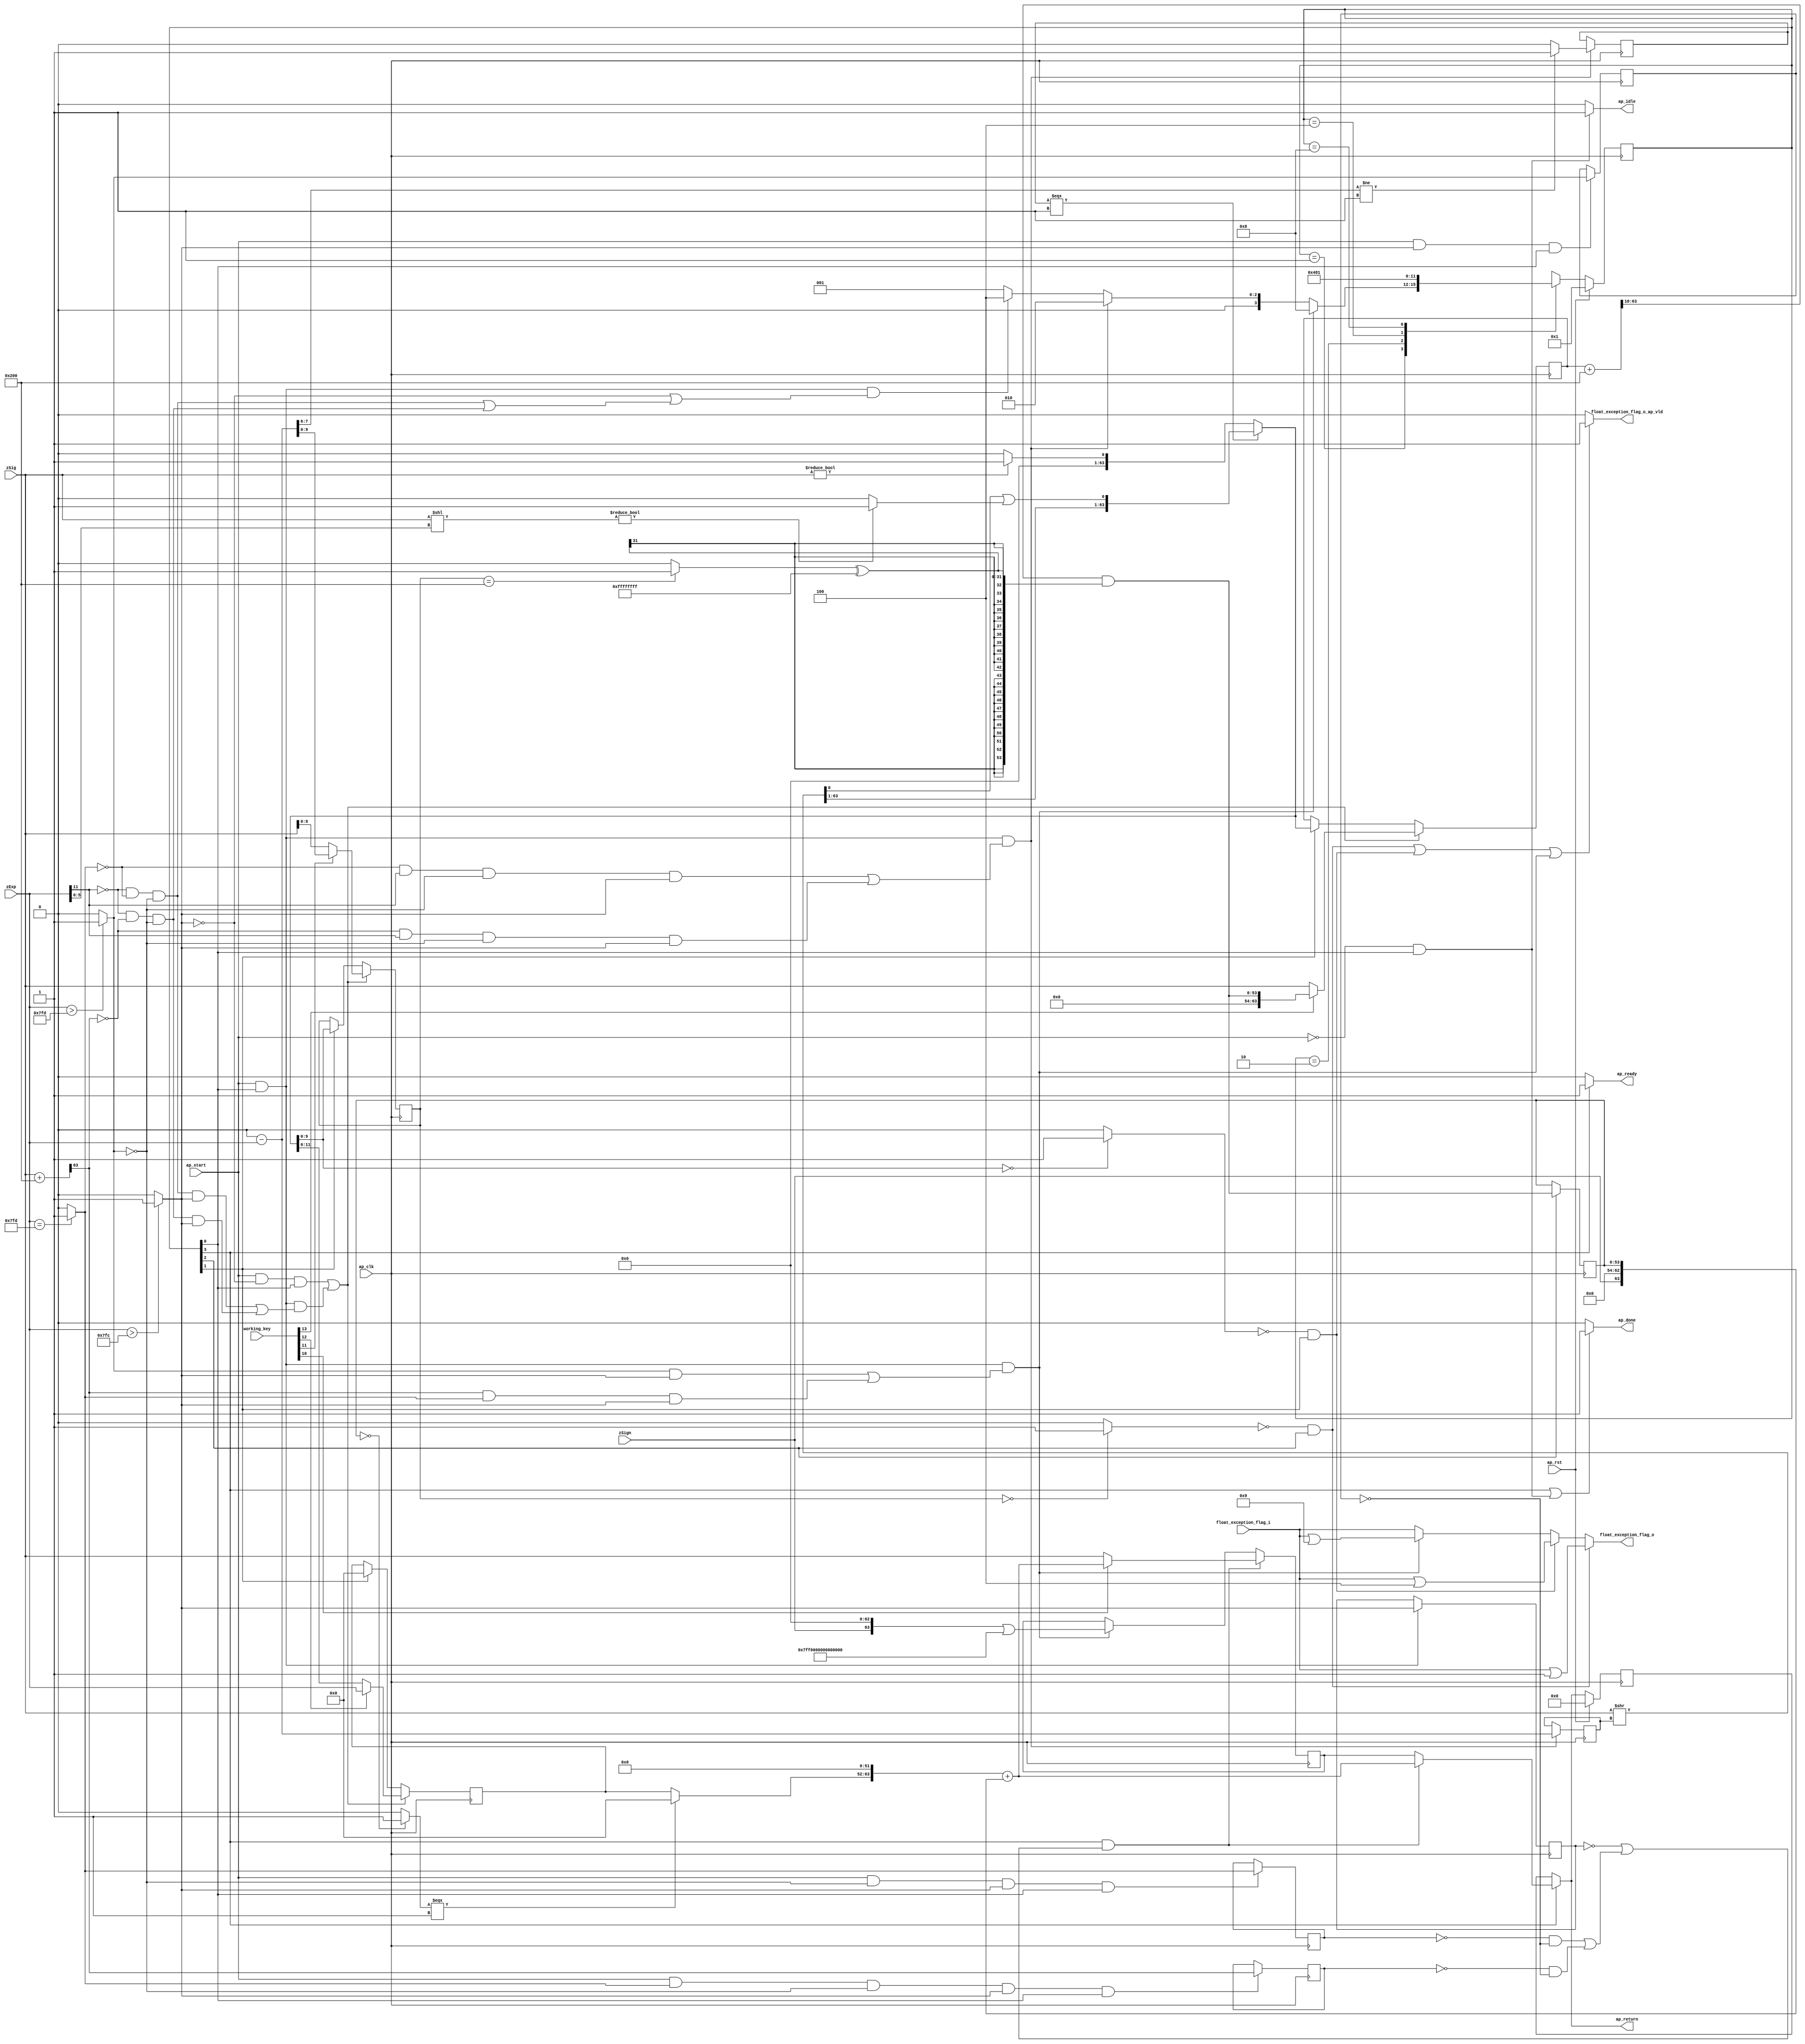

module roundAndPackFloat64
(
  ap_clk,
  ap_rst,
  ap_start,
  ap_done,
  ap_idle,
  ap_ready,
  zSign,
  zExp,
  zSig,
  float_exception_flag_i,
  float_exception_flag_o,
  float_exception_flag_o_ap_vld,
  ap_return,
  working_key
);

  parameter ap_ST_fsm_state1 = 4'd1;
  parameter ap_ST_fsm_state2 = 4'd2;
  parameter ap_ST_fsm_state3 = 4'd4;
  parameter ap_ST_fsm_state4 = 4'd8;
  input ap_clk;
  input ap_rst;
  input ap_start;
  output ap_done;
  output ap_idle;
  output ap_ready;
  input [0:0] zSign;
  input [11:0] zExp;
  input [63:0] zSig;
  input [31:0] float_exception_flag_i;
  output [31:0] float_exception_flag_o;
  output float_exception_flag_o_ap_vld;
  output [63:0] ap_return;
  reg ap_done;
  reg ap_idle;
  reg ap_ready;
  reg [31:0] float_exception_flag_o;
  reg float_exception_flag_o_ap_vld;
  reg [63:0] ap_return;
  reg [3:0] ap_CS_fsm;
  wire ap_CS_fsm_state1;
  wire [9:0] roundBits_fu_143_p1;
  wire [0:0] tmp_s_fu_147_p2;
  reg [0:0] tmp_s_reg_450;
  wire [0:0] tmp_24_fu_153_p2;
  reg [0:0] tmp_24_reg_454;
  wire [0:0] tmp_25_fu_159_p2;
  reg [0:0] tmp_25_reg_458;
  wire [0:0] tmp_56_fu_171_p3;
  reg [0:0] tmp_56_reg_462;
  wire [11:0] count_assign_fu_187_p2;
  reg [11:0] count_assign_reg_469;
  wire [0:0] tmp_57_fu_179_p3;
  wire [0:0] icmp_fu_203_p2;
  reg [0:0] icmp_reg_474;
  wire [63:0] tmp_74_i9_fu_229_p2;
  wire [63:0] z_6_fu_298_p3;
  wire ap_CS_fsm_state2;
  wire [9:0] roundBits_2_fu_305_p1;
  wire [53:0] zSig_assign_2_fu_381_p2;
  reg [53:0] zSig_assign_2_reg_500;
  wire ap_CS_fsm_state3;
  reg [63:0] zSig_assign1_reg_94;
  reg [11:0] zExp_assign_1_reg_105;
  reg [9:0] roundBits_1_reg_119;
  reg [63:0] ap_phi_mux_p_0_phi_fu_133_p4;
  reg [63:0] p_0_reg_130;
  wire [63:0] tmp_74_i8_fu_416_p2;
  wire ap_CS_fsm_state4;
  wire [0:0] tmp_29_fu_309_p2;
  wire [0:0] tmp_30_fu_327_p2;
  wire [31:0] float_exception_flag_9_fu_209_p2;
  wire [31:0] float_exception_flag_1_fu_315_p2;
  wire [31:0] tmp_31_fu_333_p2;
  wire [63:0] tmp_26_fu_165_p2;
  wire [1:0] tmp_58_fu_193_p4;
  wire [63:0] tmp_i_fu_221_p3;
  wire [63:0] tmp_37_i_fu_235_p1;
  wire [5:0] tmp_59_fu_243_p1;
  wire [63:0] tmp_41_i_fu_246_p1;
  wire [63:0] tmp_42_i_fu_250_p2;
  wire [63:0] tmp_38_i_fu_238_p2;
  wire [0:0] tmp_60_fu_261_p1;
  wire [0:0] tmp_43_i_fu_255_p2;
  wire [62:0] tmp_3_i_fu_271_p4;
  wire [0:0] tmp_2_i_fu_265_p2;
  wire [0:0] tmp_44_i_fu_289_p2;
  wire [63:0] z_fu_281_p3;
  wire [63:0] z_2_fu_294_p1;
  wire [63:0] tmp_32_fu_345_p2;
  wire [0:0] tmp_33_fu_361_p2;
  wire [31:0] tmp_34_fu_367_p1;
  wire [31:0] tmp_35_fu_371_p2;
  wire [53:0] zSig_assign_1_cast_fu_351_p4;
  wire signed [53:0] tmp_53_cast_fu_377_p1;
  wire [0:0] tmp_36_fu_387_p2;
  wire [11:0] tmp_fu_392_p3;
  wire [63:0] tmp_72_i_fu_400_p3;
  wire [63:0] tmp_73_i_fu_408_p4;
  reg [63:0] ap_return_preg;
  reg [3:0] ap_NS_fsm;
  input [255:0] working_key;

  initial begin
    #0 ap_CS_fsm = 4'd1;
    #0 ap_return_preg = 64'd0;
  end


  always @(posedge ap_clk) begin
    if(ap_rst == 1'b1) begin
      ap_CS_fsm <= ap_ST_fsm_state1;
    end else begin
      ap_CS_fsm <= ap_NS_fsm;
    end
  end


  always @(posedge ap_clk) begin
    if(ap_rst == 1'b1) begin
      ap_return_preg <= 64'd0;
    end else begin
      if(1'b1 == ap_CS_fsm_state4) begin
        ap_return_preg <= ap_phi_mux_p_0_phi_fu_133_p4;
      end 
    end
  end


  always @(posedge ap_clk) begin
    if((1'b1 == ap_CS_fsm_state4) & ((tmp_s_reg_450 == 1'd0) | ((tmp_25_reg_458 == 1'd0) & (tmp_24_reg_454 == 1'd0) | (tmp_56_reg_462 == 1'd0) & (tmp_24_reg_454 == 1'd0)))) begin
      if(working_key[10] == 1'b1) begin
        p_0_reg_130 <= tmp_74_i8_fu_416_p2;
      end else begin
        p_0_reg_130 <= zSig;
      end
    end else if((ap_start == 1'b1) & (1'b1 == ap_CS_fsm_state1) & ((tmp_24_fu_153_p2 == 1'd1) & (tmp_s_fu_147_p2 == 1'd1) | (tmp_56_fu_171_p3 == 1'd1) & (tmp_25_fu_159_p2 == 1'd1) & (tmp_s_fu_147_p2 == 1'd1))) begin
      p_0_reg_130 <= tmp_74_i9_fu_229_p2;
    end 
  end


  always @(posedge ap_clk) begin
    if((ap_start == 1'b1) & (tmp_s_fu_147_p2 == 1'd0) & (1'b1 == ap_CS_fsm_state1) | (ap_start == 1'b1) & (1'b1 == ap_CS_fsm_state1) & ((tmp_57_fu_179_p3 == 1'd0) & (tmp_25_fu_159_p2 == 1'd0) & (tmp_24_fu_153_p2 == 1'd0) & (tmp_s_fu_147_p2 == 1'd1) | (tmp_57_fu_179_p3 == 1'd0) & (tmp_56_fu_171_p3 == 1'd0) & (tmp_24_fu_153_p2 == 1'd0) & (tmp_s_fu_147_p2 == 1'd1))) begin
      if(working_key[11] == 1'b1) begin
        roundBits_1_reg_119 <= count_assign_fu_187_p2;
      end else begin
        roundBits_1_reg_119 <= roundBits_fu_143_p1;
      end
    end else if(1'b1 == ap_CS_fsm_state2) begin
      roundBits_1_reg_119 <= roundBits_2_fu_305_p1;
    end 
  end


  always @(posedge ap_clk) begin
    if((ap_start == 1'b1) & (tmp_s_fu_147_p2 == 1'd0) & (1'b1 == ap_CS_fsm_state1) | (ap_start == 1'b1) & (1'b1 == ap_CS_fsm_state1) & ((tmp_57_fu_179_p3 == 1'd0) & (tmp_25_fu_159_p2 == 1'd0) & (tmp_24_fu_153_p2 == 1'd0) & (tmp_s_fu_147_p2 == 1'd1) | (tmp_57_fu_179_p3 == 1'd0) & (tmp_56_fu_171_p3 == 1'd0) & (tmp_24_fu_153_p2 == 1'd0) & (tmp_s_fu_147_p2 == 1'd1))) begin
      if(working_key[12] == 1'b1) begin
        zExp_assign_1_reg_105 <= zExp;
      end else begin
        zExp_assign_1_reg_105 <= z_6_fu_298_p3;
      end
    end else if(1'b1 == ap_CS_fsm_state2) begin
      zExp_assign_1_reg_105 <= 12'd0;
    end 
  end


  always @(posedge ap_clk) begin
    if((ap_start == 1'b1) & (tmp_s_fu_147_p2 == 1'd0) & (1'b1 == ap_CS_fsm_state1) | (ap_start == 1'b1) & (1'b1 == ap_CS_fsm_state1) & ((tmp_57_fu_179_p3 == 1'd0) & (tmp_25_fu_159_p2 == 1'd0) & (tmp_24_fu_153_p2 == 1'd0) & (tmp_s_fu_147_p2 == 1'd1) | (tmp_57_fu_179_p3 == 1'd0) & (tmp_56_fu_171_p3 == 1'd0) & (tmp_24_fu_153_p2 == 1'd0) & (tmp_s_fu_147_p2 == 1'd1))) begin
      if(working_key[13] == 1'b1) begin
        zSig_assign1_reg_94 <= zSig_assign_2_fu_381_p2;
      end else begin
        zSig_assign1_reg_94 <= zSig;
      end
    end else if(1'b1 == ap_CS_fsm_state2) begin
      zSig_assign1_reg_94 <= z_6_fu_298_p3;
    end 
  end


  always @(posedge ap_clk) begin
    if((ap_start == 1'b1) & (1'b1 == ap_CS_fsm_state1) & ((tmp_25_fu_159_p2 == 1'd0) & (tmp_57_fu_179_p3 == 1'd1) & (tmp_24_fu_153_p2 == 1'd0) & (tmp_s_fu_147_p2 == 1'd1) | (tmp_56_fu_171_p3 == 1'd0) & (tmp_57_fu_179_p3 == 1'd1) & (tmp_24_fu_153_p2 == 1'd0) & (tmp_s_fu_147_p2 == 1'd1))) begin
      count_assign_reg_469 <= count_assign_fu_187_p2;
      icmp_reg_474 <= icmp_fu_203_p2;
    end 
  end


  always @(posedge ap_clk) begin
    if((ap_start == 1'b1) & (tmp_s_fu_147_p2 == 1'd1) & (1'b1 == ap_CS_fsm_state1)) begin
      tmp_24_reg_454 <= tmp_24_fu_153_p2;
    end 
  end


  always @(posedge ap_clk) begin
    if((ap_start == 1'b1) & (tmp_24_fu_153_p2 == 1'd0) & (tmp_s_fu_147_p2 == 1'd1) & (1'b1 == ap_CS_fsm_state1)) begin
      tmp_25_reg_458 <= tmp_25_fu_159_p2;
    end 
  end


  always @(posedge ap_clk) begin
    if((ap_start == 1'b1) & (tmp_25_fu_159_p2 == 1'd1) & (tmp_24_fu_153_p2 == 1'd0) & (tmp_s_fu_147_p2 == 1'd1) & (1'b1 == ap_CS_fsm_state1)) begin
      tmp_56_reg_462 <= tmp_26_fu_165_p2[32'd63];
    end 
  end


  always @(posedge ap_clk) begin
    if((ap_start == 1'b1) & (1'b1 == ap_CS_fsm_state1)) begin
      tmp_s_reg_450 <= tmp_s_fu_147_p2;
    end 
  end


  always @(posedge ap_clk) begin
    if(1'b1 == ap_CS_fsm_state3) begin
      zSig_assign_2_reg_500 <= zSig_assign_2_fu_381_p2;
    end 
  end


  always @(*) begin
    if((1'b1 == ap_CS_fsm_state4) | (ap_start == 1'b0) & (1'b1 == ap_CS_fsm_state1)) begin
      ap_done = 1'b1;
    end else begin
      ap_done = 1'b0;
    end
  end


  always @(*) begin
    if((ap_start == 1'b0) & (1'b1 == ap_CS_fsm_state1)) begin
      ap_idle = 1'b1;
    end else begin
      ap_idle = 1'b0;
    end
  end


  always @(*) begin
    if((1'b1 == ap_CS_fsm_state4) & ((tmp_s_reg_450 == 1'd0) | ((tmp_25_reg_458 == 1'd0) & (tmp_24_reg_454 == 1'd0) | (tmp_56_reg_462 == 1'd0) & (tmp_24_reg_454 == 1'd0)))) begin
      ap_phi_mux_p_0_phi_fu_133_p4 = tmp_74_i8_fu_416_p2;
    end else begin
      ap_phi_mux_p_0_phi_fu_133_p4 = p_0_reg_130;
    end
  end


  always @(*) begin
    if(1'b1 == ap_CS_fsm_state4) begin
      ap_ready = 1'b1;
    end else begin
      ap_ready = 1'b0;
    end
  end


  always @(*) begin
    if(1'b1 == ap_CS_fsm_state4) begin
      ap_return = ap_phi_mux_p_0_phi_fu_133_p4;
    end else begin
      ap_return = ap_return_preg;
    end
  end


  always @(*) begin
    if((tmp_30_fu_327_p2 == 1'd0) & (1'b1 == ap_CS_fsm_state3)) begin
      float_exception_flag_o = tmp_31_fu_333_p2;
    end else if((tmp_29_fu_309_p2 == 1'd0) & (1'b1 == ap_CS_fsm_state2)) begin
      float_exception_flag_o = float_exception_flag_1_fu_315_p2;
    end else if((ap_start == 1'b1) & (1'b1 == ap_CS_fsm_state1) & ((tmp_24_fu_153_p2 == 1'd1) & (tmp_s_fu_147_p2 == 1'd1) | (tmp_56_fu_171_p3 == 1'd1) & (tmp_25_fu_159_p2 == 1'd1) & (tmp_s_fu_147_p2 == 1'd1))) begin
      float_exception_flag_o = float_exception_flag_9_fu_209_p2;
    end else begin
      float_exception_flag_o = float_exception_flag_i;
    end
  end


  always @(*) begin
    if((tmp_30_fu_327_p2 == 1'd0) & (1'b1 == ap_CS_fsm_state3) | (tmp_29_fu_309_p2 == 1'd0) & (1'b1 == ap_CS_fsm_state2) | (ap_start == 1'b1) & (1'b1 == ap_CS_fsm_state1) & ((tmp_24_fu_153_p2 == 1'd1) & (tmp_s_fu_147_p2 == 1'd1) | (tmp_56_fu_171_p3 == 1'd1) & (tmp_25_fu_159_p2 == 1'd1) & (tmp_s_fu_147_p2 == 1'd1))) begin
      float_exception_flag_o_ap_vld = 1'b1;
    end else begin
      float_exception_flag_o_ap_vld = 1'b0;
    end
  end


  always @(*) begin
    case(ap_CS_fsm)
      ap_ST_fsm_state1: begin
        if((ap_start == 1'b1) & (1'b1 == ap_CS_fsm_state1) & ((tmp_24_fu_153_p2 == 1'd1) & (tmp_s_fu_147_p2 == 1'd1) | (tmp_56_fu_171_p3 == 1'd1) & (tmp_25_fu_159_p2 == 1'd1) & (tmp_s_fu_147_p2 == 1'd1))) begin
          ap_NS_fsm = ap_ST_fsm_state4;
        end else if((ap_start == 1'b1) & (1'b1 == ap_CS_fsm_state1) & ((tmp_25_fu_159_p2 == 1'd0) & (tmp_57_fu_179_p3 == 1'd1) & (tmp_24_fu_153_p2 == 1'd0) & (tmp_s_fu_147_p2 == 1'd1) | (tmp_56_fu_171_p3 == 1'd0) & (tmp_57_fu_179_p3 == 1'd1) & (tmp_24_fu_153_p2 == 1'd0) & (tmp_s_fu_147_p2 == 1'd1))) begin
          ap_NS_fsm = ap_ST_fsm_state2;
        end else if((ap_start == 1'b1) & (1'b1 == ap_CS_fsm_state1) & ((tmp_s_fu_147_p2 == 1'd0) | ((tmp_57_fu_179_p3 == 1'd0) & (tmp_25_fu_159_p2 == 1'd0) & (tmp_24_fu_153_p2 == 1'd0) | (tmp_57_fu_179_p3 == 1'd0) & (tmp_56_fu_171_p3 == 1'd0) & (tmp_24_fu_153_p2 == 1'd0)))) begin
          ap_NS_fsm = ap_ST_fsm_state3;
        end else begin
          ap_NS_fsm = ap_ST_fsm_state1;
        end
      end
      ap_ST_fsm_state2: begin
        ap_NS_fsm = ap_ST_fsm_state3;
      end
      ap_ST_fsm_state3: begin
        ap_NS_fsm = ap_ST_fsm_state4;
      end
      ap_ST_fsm_state4: begin
        ap_NS_fsm = ap_ST_fsm_state1;
      end
      default: begin
        ap_NS_fsm = 'bx;
      end
    endcase
  end

  assign ap_CS_fsm_state1 = ap_CS_fsm[32'd0];
  assign ap_CS_fsm_state2 = ap_CS_fsm[32'd1];
  assign ap_CS_fsm_state3 = ap_CS_fsm[32'd2];
  assign ap_CS_fsm_state4 = ap_CS_fsm[32'd3];
  assign count_assign_fu_187_p2 = 12'd0 - zExp;
  assign float_exception_flag_1_fu_315_p2 = float_exception_flag_i | 32'd4;
  assign float_exception_flag_9_fu_209_p2 = float_exception_flag_i | 32'd9;
  assign icmp_fu_203_p2 = (tmp_58_fu_193_p4 != 2'd1)? 1'b1 : 1'b0;
  assign roundBits_2_fu_305_p1 = z_6_fu_298_p3[9:0];
  assign roundBits_fu_143_p1 = zSig[9:0];
  assign tmp_24_fu_153_p2 = ($signed(zExp) > $signed(12'd2045))? 1'b1 : 1'b0;
  assign tmp_25_fu_159_p2 = (zExp == 12'd2045)? 1'b1 : 1'b0;
  assign tmp_26_fu_165_p2 = zSig + 64'd512;
  assign tmp_29_fu_309_p2 = (roundBits_2_fu_305_p1 == 10'd0)? 1'b1 : 1'b0;
  assign tmp_2_i_fu_265_p2 = tmp_60_fu_261_p1 | tmp_43_i_fu_255_p2;
  assign tmp_30_fu_327_p2 = (roundBits_1_reg_119 == 10'd0)? 1'b1 : 1'b0;
  assign tmp_31_fu_333_p2 = float_exception_flag_i | 32'd1;
  assign tmp_32_fu_345_p2 = zSig_assign1_reg_94 + 64'd512;
  assign tmp_33_fu_361_p2 = (roundBits_1_reg_119 == 10'd512)? 1'b1 : 1'b0;
  assign tmp_34_fu_367_p1 = tmp_33_fu_361_p2;
  assign tmp_35_fu_371_p2 = tmp_34_fu_367_p1 ^ 32'd4294967295;
  assign tmp_36_fu_387_p2 = (zSig_assign_2_reg_500 == 54'd0)? 1'b1 : 1'b0;
  assign tmp_37_i_fu_235_p1 = count_assign_reg_469;
  assign tmp_38_i_fu_238_p2 = zSig >> tmp_37_i_fu_235_p1;
  assign tmp_3_i_fu_271_p4 = { { tmp_38_i_fu_238_p2[63:1] } };
  assign tmp_41_i_fu_246_p1 = tmp_59_fu_243_p1;
  assign tmp_42_i_fu_250_p2 = zSig << tmp_41_i_fu_246_p1;
  assign tmp_43_i_fu_255_p2 = (tmp_42_i_fu_250_p2 != 64'd0)? 1'b1 : 1'b0;
  assign tmp_44_i_fu_289_p2 = (zSig != 64'd0)? 1'b1 : 1'b0;
  assign tmp_53_cast_fu_377_p1 = $signed(tmp_35_fu_371_p2);
  assign tmp_56_fu_171_p3 = tmp_26_fu_165_p2[32'd63];
  assign tmp_57_fu_179_p3 = zExp[32'd11];
  assign tmp_58_fu_193_p4 = { { count_assign_fu_187_p2[7:6] } };
  assign tmp_59_fu_243_p1 = zExp[5:0];
  assign tmp_60_fu_261_p1 = tmp_38_i_fu_238_p2[0:0];
  assign tmp_72_i_fu_400_p3 = { { tmp_fu_392_p3 }, { 52'd0 } };
  assign tmp_73_i_fu_408_p4 = { { { zSign }, { 9'd0 } }, { zSig_assign_2_reg_500 } };
  assign tmp_74_i8_fu_416_p2 = tmp_72_i_fu_400_p3 + tmp_73_i_fu_408_p4;
  assign tmp_74_i9_fu_229_p2 = tmp_i_fu_221_p3 | 64'd9218868437227405312;
  assign tmp_fu_392_p3 = (tmp_36_fu_387_p2[0:0] === 1'b1)? 12'd0 : zExp_assign_1_reg_105;
  assign tmp_i_fu_221_p3 = { { zSign }, { 63'd0 } };
  assign tmp_s_fu_147_p2 = (zExp > 12'd2044)? 1'b1 : 1'b0;
  assign zSig_assign_1_cast_fu_351_p4 = { { tmp_32_fu_345_p2[63:10] } };
  assign zSig_assign_2_fu_381_p2 = zSig_assign_1_cast_fu_351_p4 & tmp_53_cast_fu_377_p1;
  assign z_2_fu_294_p1 = tmp_44_i_fu_289_p2;
  assign z_6_fu_298_p3 = (icmp_reg_474[0:0] === 1'b1)? z_fu_281_p3 : z_2_fu_294_p1;
  assign z_fu_281_p3 = { { tmp_3_i_fu_271_p4 }, { tmp_2_i_fu_265_p2 } };

endmodule